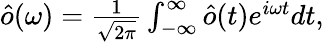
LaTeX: \begin{array}{r}{\hat{o}(\omega)=\frac{1}{\sqrt{2\pi}}\int_{-\infty}^{\infty}\hat{o}(t)e^{i\omega t}dt,}\end{array}